Medical and sanitary report of the native army of Madras for the year
Year: 1877
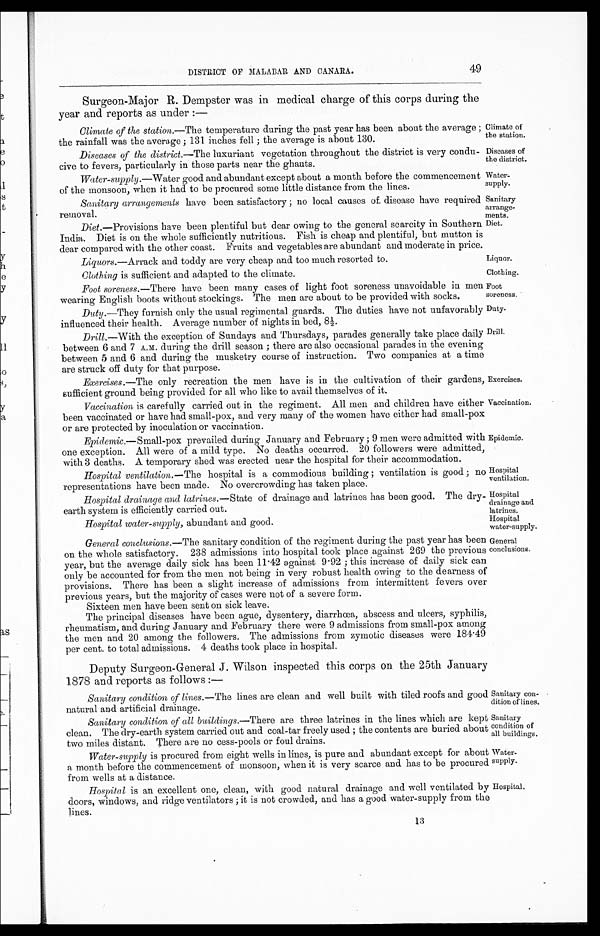
Climate of
the station.
Diseases of
the district.
Water
-supply.
Sanitary
arrange
- m e n t s .
Diet.
Liquor.
Clothing.
Foot
soreness.
Duty.
Drill.
Exercises.
Vaccination.
Epidemic.
Hospital
ventilation.
Hospital
drainage and
latrines.
Hospital
water-supply.
Sanitary con
-
dition of lines.
Sanitary
condition of
all buildings.
Water
- s u p p l y .
Hospital.
DISTRICT OF MALABAR AND CANARA.
49
Surgeon-Major R. Dempster was in medical charge of this corps during the
year and reports as under :—
Climate of the station .—The temperature during the past year has been about the average ;
the rainfall was the average ; 131 inches fell ; the average is about 130.
Diseases of the district .—The luxuriant vegetation throughout the district is very condu
-
cive to fevers, particularly in those parts near the ghauts.
Water-supply .—Water good and abundant except about a month before the commencement
of the monsoon when it had to be procured some little distance from the lines.
Sanitary arrangements have been satisfactory ; no local causes of disease have required
removal.
Diet .—Provisions have been plentiful but dear owing to the general scarcity in Southern
India. Diet is on the whole sufficiently nutritious. Fish is cheap and plentiful, but mutton is
dear compared with the other coast. Fruits and vegetables are abundant and moderate in price.
Liquors .—Arrack and toddy are very cheap and too much resorted to.
Clothing is sufficient and adapted to the climate.
Foot soreness .—There have been many cases of light foot soreness unavoidable in men
wearing English boots without stockings. The men are about to be provided with socks.
Duty .—They furnish only the usual regimental guards. The duties have not unfavorably
influenced their health. Average number of nights in bed, 8½.
Drill .—With the exception of Sundays and Thursdays, parades generally take place daily
between 6 and 7 A.M. during the drill season ; there are also occasional parades in the evening
between 5 and 6 and during the musketry course of instruction. Two companies at a time
are struck off duty for that purpose.
Exercises .—The only recreation the men have is in the cultivation of their gardens
sufficient ground being provided for all who like to avail themselves of it.
Vaccination is carefully carried out in the regiment. All men and children have either
been vaccinated or have had small-pox, and very many of the women have either had small-pox
or are protected by inoculation or vaccination.
Epidemic .—Small-pox prevailed during January and February ; 9 men were admitted with
one exception. All were of a mild type. No deaths occurred. 20 followers were admitted
with 3 deaths. A temporary shed was erected near the hospital for their accommodation.
Hospital ventilation .—The hospital is a commodious building ; ventilation is good ; no
representations have been made. No overcrowding has taken place.
Hospital drainage and latrines .—State of drainage and latrines has been good. The dry
earth system is efficiently carried out.
Hospital water-supply, abundant and good.
General conclusions.— The sanitary condition of the regiment during the past year has been
on the whole satisfactory. 238 admissions into hospital took place against 269 the previous
year, but the average daily sick has been 11.42 against 9.92 ; this increase of daily sick can
only be accounted for from the men not being in very robust health owing to the dearness of
provisions. There has been a slight increase of admissions from intermittent fevers over
previous years. but the majority of cases were not of a severe form.
Sixteen men have been sent on sick leave.
The principal diseases have been ague, dysentery, diarrhœa, abscess and ulcers, syphilis,
rheumatism, and during January and February there were 9 admissions from small-pox among
the men and 20 among the followers. The admissions from zymotic diseases were 184.49
per cent to total admissions. 4 deaths took place in hospital.
Deputy Surgeon-General J. Wilson inspected this corps on the 25th January
1878 and reports as follows :—
Sanitary condition of lines .—The lines are clean and well built with tiled roofs and good
natural and artificial drainage.
Sanitary condition, of all buildings.— There are three latrines in the lines which are kept
clean. The dry-earth system carried out and coal-tar freely used ; the contents are buried about
two miles distant. There are no cess-pools or foul drains.
Water-supply is procured from eight wells in lines, is pure and abundant except for about
a month before the commencement of monsoon, when it is very scarce and has to be procure
d
from wells at a distance.
Hospital is an excellent one, clean, with good natural drainage and well ventilated by
doors, windows, and ridge ventilators ; it is not crowded, and has a good water-supply from the
lines.
General
conclusions.
13